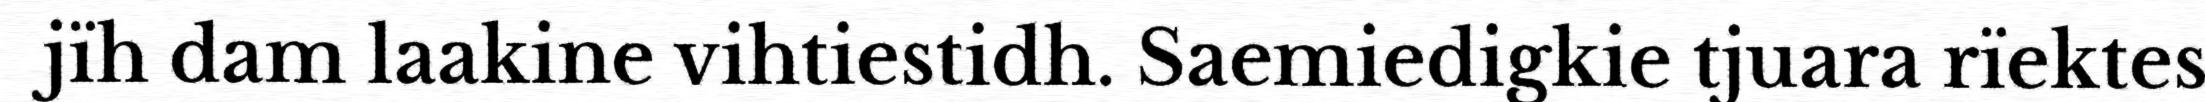
jïh dam laakine vihtiestidh. Saemiedigkie tjuara rïektes